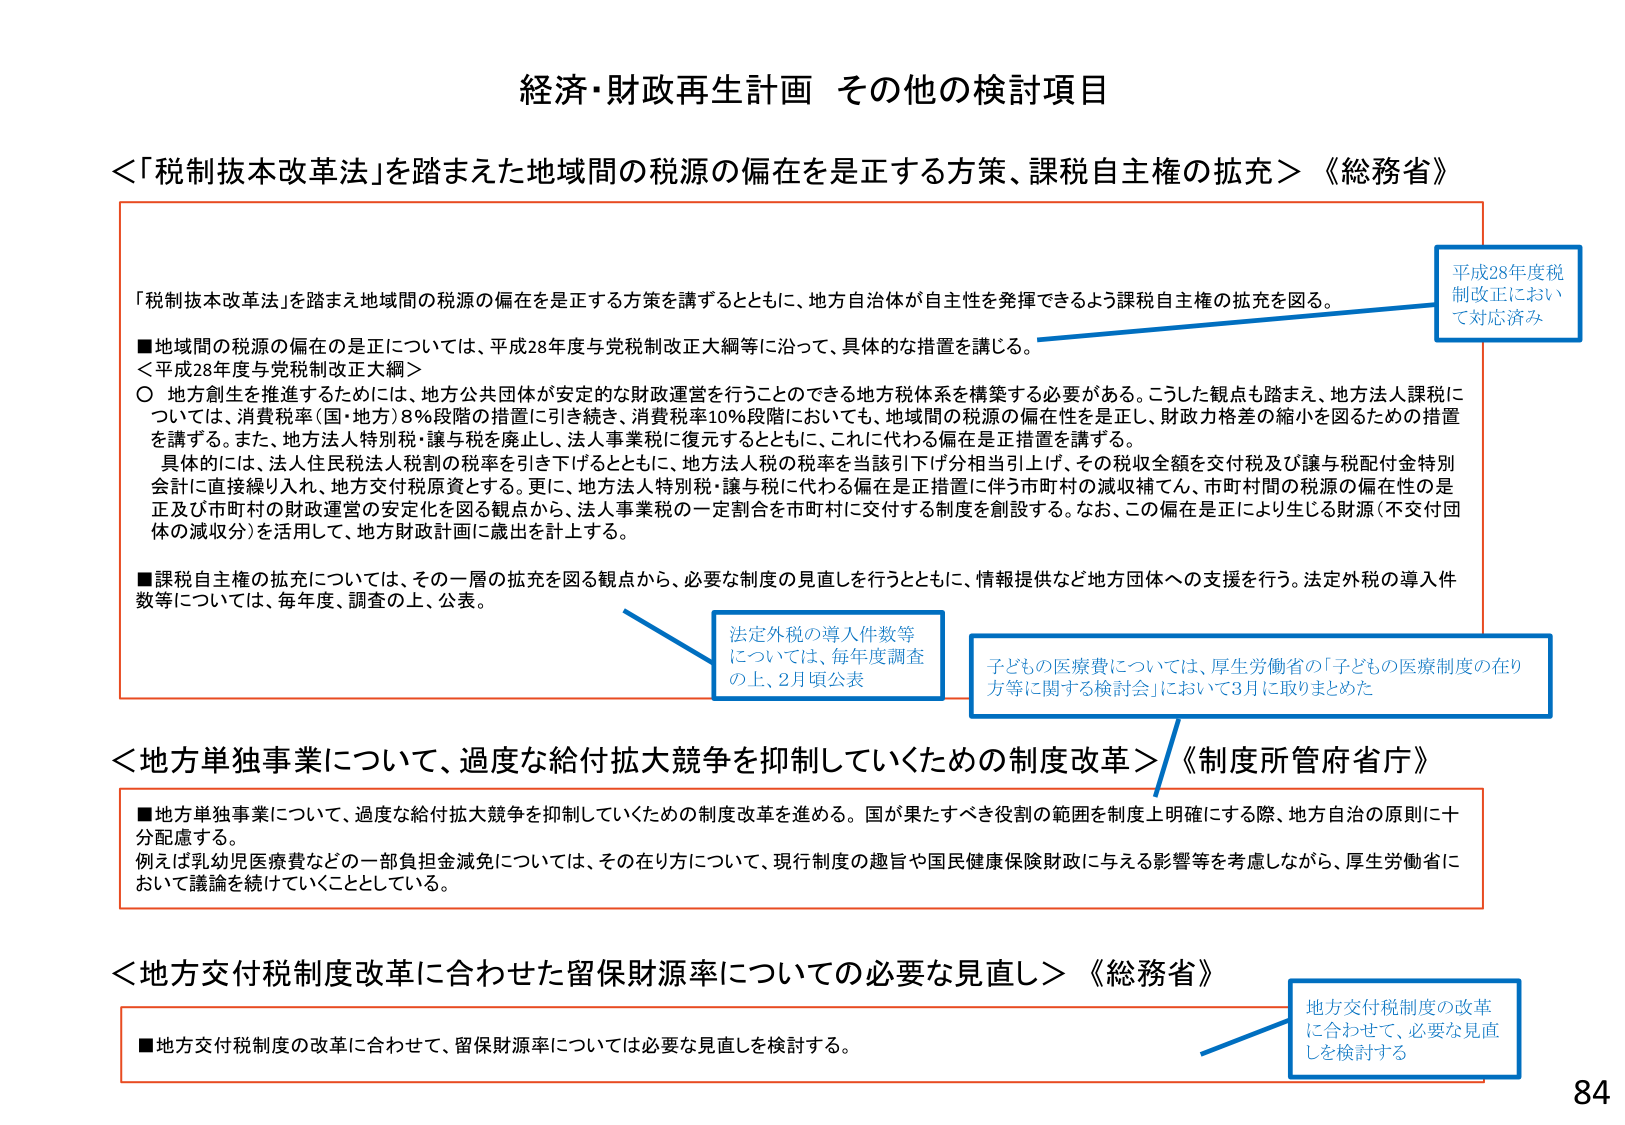
経済・財政再生計画 その他の検討項目

＜「税制抜本改革法」を踏まえた地域間の税源の偏在を是正する方策、課税自主権の拡充＞《総務省》

「税制抜本改革法」を踏まえ地域間の税源の偏在を是正する方策を講ずるとともに、地方自治体が自主性を発揮できるよう課税自主権の拡充を図る。

■地域間の税源の偏在の是正については、平成28年度与党税制改正大綱等に沿って、具体的な措置を講じる。
＜平成28年度与党税制改正大綱＞
○ 地方創生を推進するためには、地方公共団体が安定的な財政運営を行うことのできる地方税体系を構築する必要がある。こうした観点も踏まえ、地方法人課税については、消費税率（国・地方）8％段階の措置に引き続き、消費税率10％段階においても、地域間の税源の偏在性を是正し、財政力格差の縮小を図るための措置を講ずる。また、地方法人特別税・譲与税を廃止し、法人事業税に復元するとともに、これに代わる偏在是正措置を講ずる。
具体的には、法人住民税法人税割の税率を引き下げるとともに、地方法人税の税率を当該引下げ分相当引上げ、その税収全額を交付税及び譲与税配付金特別会計に直接繰り入れ、地方交付税原資とする。更に、地方法人特別税・譲与税に代わる偏在是正措置に伴う市町村の減収補てん、市町村間の税源の偏在性の是正及び市町村の財政運営の安定化を図る観点から、法人事業税の一定割合を市町村に交付する制度を創設する。なお、この偏在是正により生じる財源（不交付団体の減収分）を活用して、地方財政計画に歳出を計上する。

■課税自主権の拡充については、その一層の拡充を図る観点から、必要な制度の見直しを行うとともに、情報提供など地方団体への支援を行う。法定外税の導入件数等については、毎年度、調査の上、公表。

平成28年度税制改正において対応済み

法定外税の導入件数等については、毎年度調査の上、2月頃公表

子どもの医療費については、厚生労働省の「子どもの医療制度の在り方等に関する検討会」において3月に取りまとめた

＜地方単独事業について、過度な給付拡大競争を抑制していくための制度改革＞《制度所管府省庁》

■地方単独事業について、過度な給付拡大競争を抑制していくための制度改革を進める。国が果たすべき役割の範囲を制度上明確にする際、地方自治の原則に十分配慮する。
例えば乳幼児医療費などの一部負担金減免については、その在り方について、現行制度の趣旨や国民健康保険財政に与える影響等を考慮しながら、厚生労働省において議論を続けていくこととしている。

＜地方交付税制度改革に合わせた留保財源率についての必要な見直し＞《総務省》

■地方交付税制度の改革に合わせて、留保財源率については必要な見直しを検討する。

地方交付税制度の改革に合わせて、必要な見直しを検討する

84